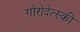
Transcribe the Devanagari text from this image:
गोरोदेत्स्की